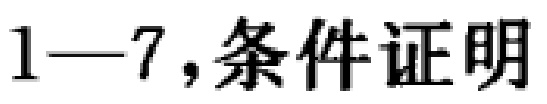
$1—7,条件证明$